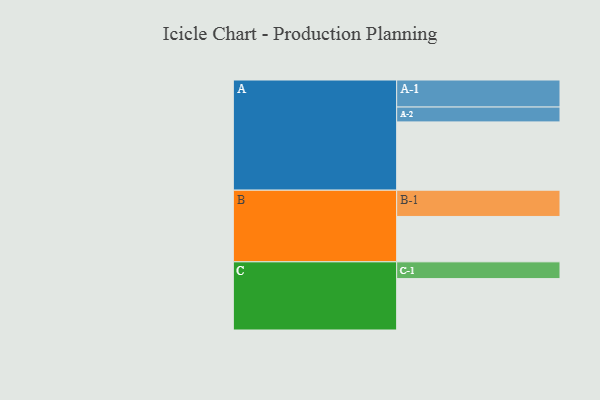
{"axis": {"x": "Segment", "y": "Value"}, "legend": ["", "A", "B", "C"], "data": [{"x": "A", "y": 533, "type": ""}, {"x": "B", "y": 354, "type": ""}, {"x": "C", "y": 401, "type": ""}, {"x": "A-1", "y": 211, "type": "A"}, {"x": "A-2", "y": 116, "type": "A"}, {"x": "B-1", "y": 205, "type": "B"}, {"x": "C-1", "y": 131, "type": "C"}]}